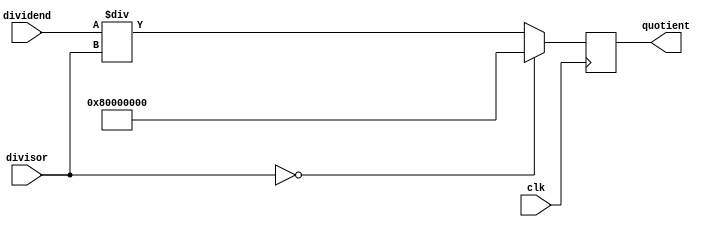
module synchronous_divider (
    input wire clk,
    input wire [31:0] dividend,
    input wire [31:0] divisor,
    output reg [31:0] quotient
);

always @(posedge clk) begin
    if (divisor == 0) begin
        // Handle division by zero
        quotient <= 32'h80000000; // Set quotient to a value indicating error
    end else begin
        quotient <= dividend / divisor; // Perform division operation
    end
end

endmodule